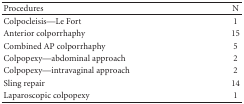
<table><thead><tr><td><b>Procedures</b></td><td><b>N</b></td></tr></thead><tbody><tr><td>Colpocleisis—Le Fort</td><td>1</td></tr><tr><td>Anterior colporrhaphy</td><td>15</td></tr><tr><td>Combined AP colporrhaphy</td><td>5</td></tr><tr><td>Colpopexy—abdominal approach</td><td>2</td></tr><tr><td>Colpopexy—intravaginal approach</td><td>2</td></tr><tr><td>Sling repair</td><td>14</td></tr><tr><td>Laparoscopic colpopexy</td><td>1</td></tr></tbody></table>